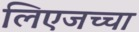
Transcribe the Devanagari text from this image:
लिएजच्चा